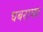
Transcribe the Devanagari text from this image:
घबराघट